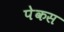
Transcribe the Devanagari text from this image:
पेकस